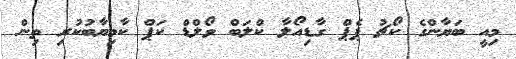
މިއީ ބަޔާންގެ ކޯޗު ޕެޕް ގާޑިއޯލާ ކްލަބް ވޯލްޑް ކަޕް ކާމިޔާބުކުރި ތިން